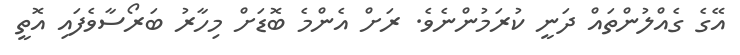
އޭގެ ގެއްލުންތައް ދަނީ ކުރަމުންނެވެ. ރަށް އެންމެ ބޮޑަށް މިހާރު ބަރޯސާވެފައި އޮތީ